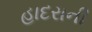
હાદરાની